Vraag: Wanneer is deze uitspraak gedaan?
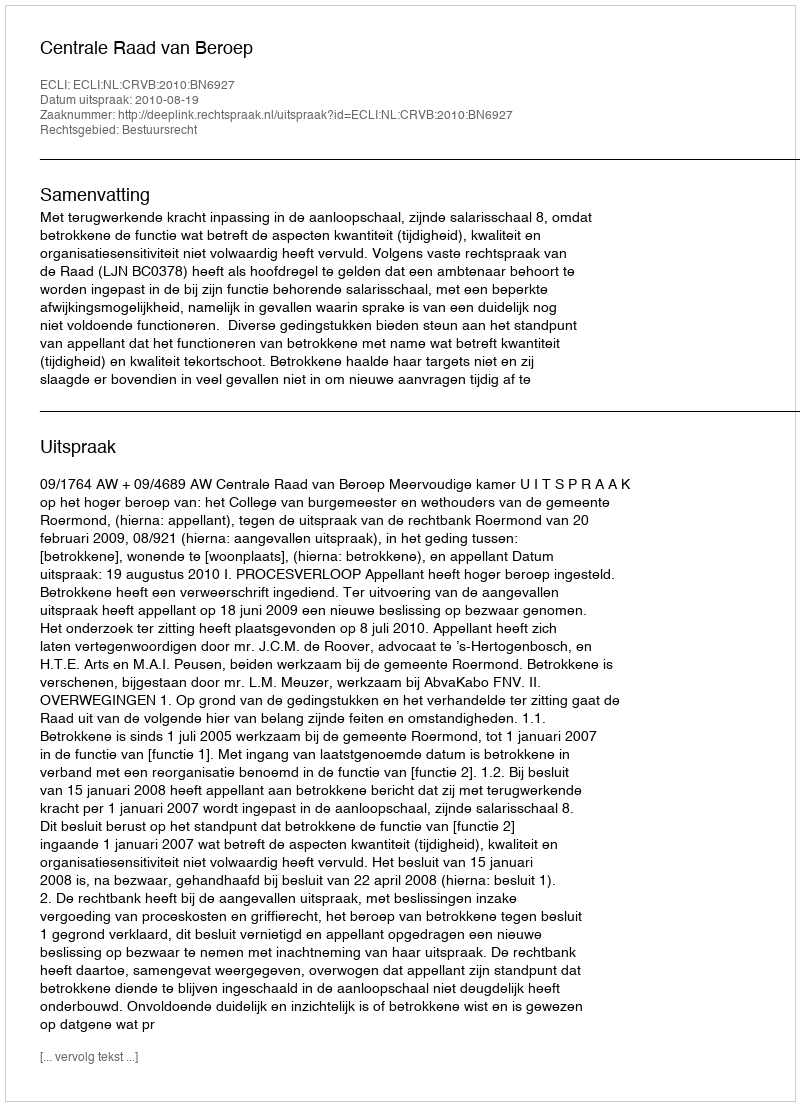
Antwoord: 2010-08-19